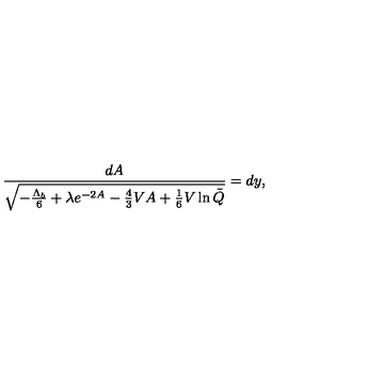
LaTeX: \frac { d A } { \sqrt { - \frac { \Lambda _ { b } } { 6 } + \lambda e ^ { - 2 A } - \frac 4 3 V A + \frac 1 6 V \ln \tilde { Q } } } = d y ,